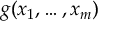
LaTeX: g ( x _ { 1 } , \dots , x _ { m } )